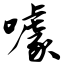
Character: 噱